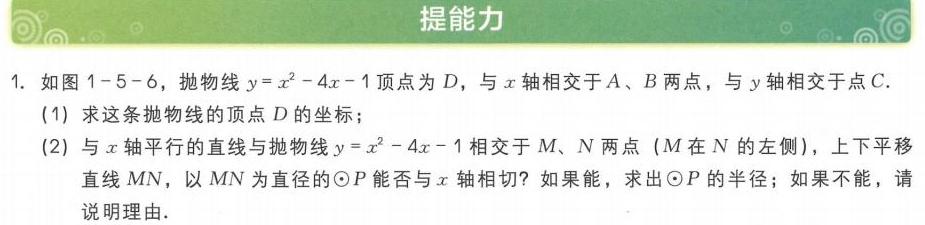
1. 如图 1 - 5 - 6，抛物线\(y = x^{2}-4x - 1\)顶点为\(D\)，与\(x\)轴相交于\(A\)、\(B\)两点，与\(y\)轴相交于点\(C\).
(1) 求这条抛物线的顶点\(D\)的坐标；
(2) 与\(x\)轴平行的直线与抛物线\(y = x^{2}-4x - 1\)相交于\(M\)、\(N\)两点（\(M\)在\(N\)的左侧），上下平移直线\(MN\)，以\(MN\)为直径的\(\odot P\)能否与\(x\)轴相切？如果能，求出\(\odot P\)的半径；如果不能，请说明理由.